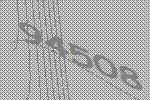
94508